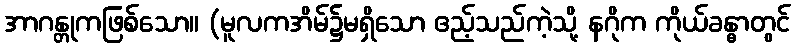
အာဂန္တုကဖြစ်သော။ (မူလကအိမ်၌မရှိသော ဧည့်သည်ကဲ့သို့ နဂိုက ကိုယ်ခန္ဓာတွင်